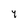
Character: 7